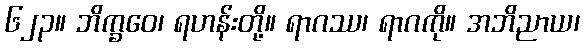
၆၂၃။ ဘိက္ခဝေ၊ ရဟန်းတို့။ ရာဂဿ၊ ရာဂကို။ အဘိညာယ၊